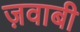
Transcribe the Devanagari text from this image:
ज़वाबी